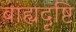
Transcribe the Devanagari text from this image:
बाह्यदृष्टि